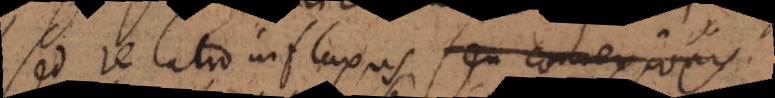
Sed relatio influxus seu connexionis